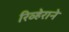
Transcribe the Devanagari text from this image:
रिव्हेराने